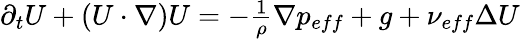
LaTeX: \begin{array}{r}{\partial_{t}U+(U\cdot\nabla)U=-\frac{1}{\rho}\nabla p_{eff}+g+\nu_{eff}\Delta U}\end{array}